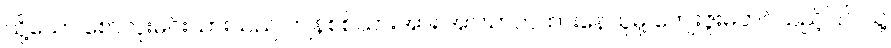
သို့သော် စောလူးမင်းသားသည် ကျန်စစ်သားအား အာဃာတထားနေသူမို့ ကျေးဇူးမတင်သည့်ပြင် သူ့